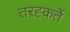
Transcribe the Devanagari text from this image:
तरह्कर्ते